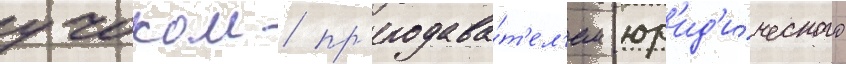
учоком / пр'еподава́т'ел'ем юр'ид'и́ческого